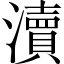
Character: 瀆